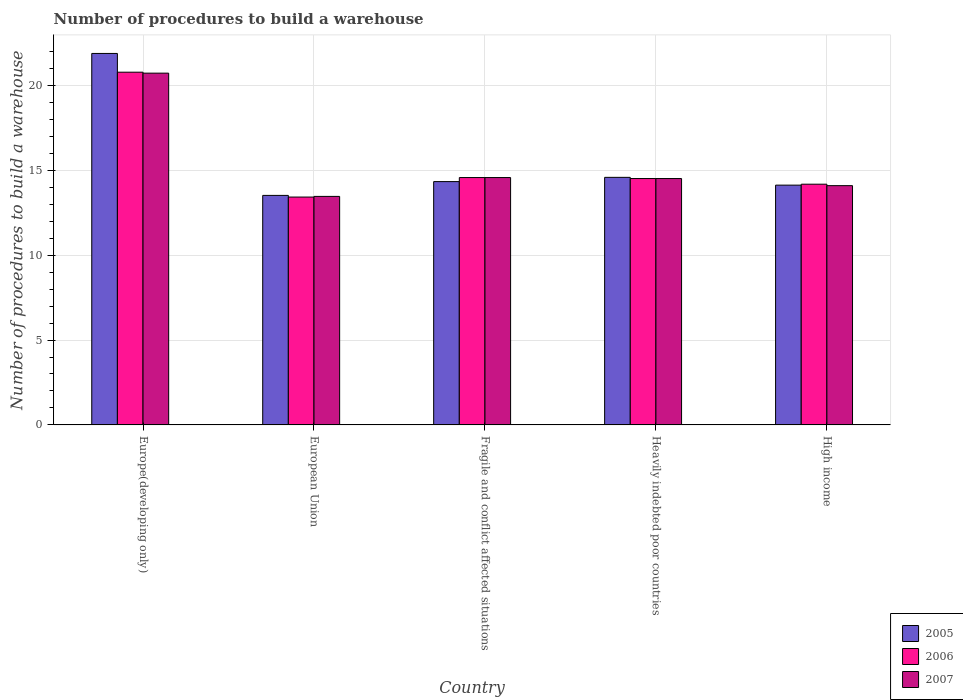
| Country | 2005 | 2006 | 2007 |
 | --- | --- | --- | --- |
 | Europe(developing only) | 21.9 | 20.8 | 20.7 |
 | European Union | 13.5 | 13.4 | 13.5 |
 | Fragile and conflict affected situations | 14.3 | 14.6 | 14.6 |
 | Heavily indebted poor countries | 14.6 | 14.5 | 14.5 |
 | High income | 14.1 | 14.2 | 14.1 |